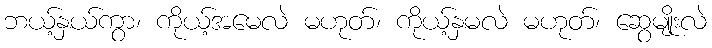
ဘယ့်နှယ်ကွာ၊ ကိုယ့်အမေလဲ မဟုတ်၊ ကိုယ့်နှမလဲ မဟုတ်၊ ဆွေမျိုးလဲ